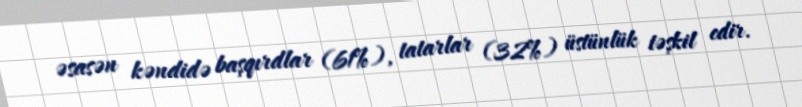
əsasən kəndidə başqırdlar (61%), tatarlar (32%) üstünlük təşkil edir.